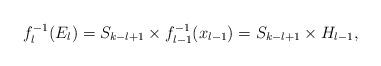
LaTeX: \begin{align*}f_l^{-1}(E_l)=S_{k-l+1}\times f_{l-1}^{-1}(x_{l-1})= S_{k-l+1}\times H_{l-1},\end{align*}